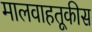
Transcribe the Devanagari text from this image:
मालवाहतूकीस